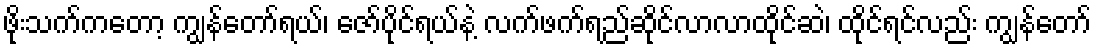
ဖိုးသက်ကတော့ ကျွန်တော်ရယ်၊ ဇော်ပိုင်ရယ်နဲ့ လက်ဖက်ရည်ဆိုင်လာလာထိုင်ဆဲ၊ ထိုင်ရင်လည်း ကျွန်တော်